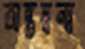
অন্তদ্বন্দ্ব